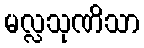
မလ္လသုဏိသာ